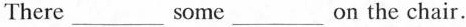
There___some___on the chair.